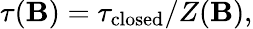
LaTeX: \tau(\mathbf{B})=\tau_{\mathrm{{closed}}}/Z(\mathbf{B}),